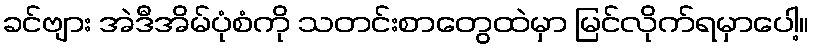
ခင်ဗျား အဲဒီအိမ်ပုံစံကို သတင်းစာတွေထဲမှာ မြင်လိုက်ရမှာပေါ့။